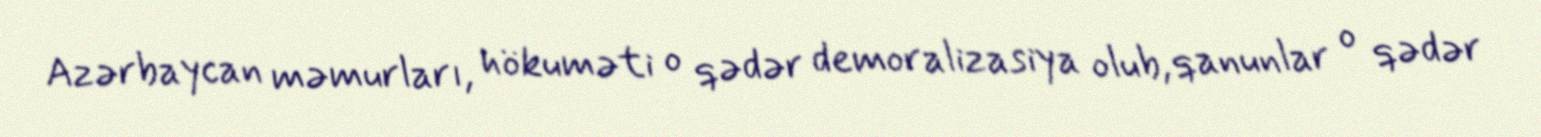
Azərbaycan məmurları, hökuməti o qədər demoralizasiya olub, qanunlar o qədər